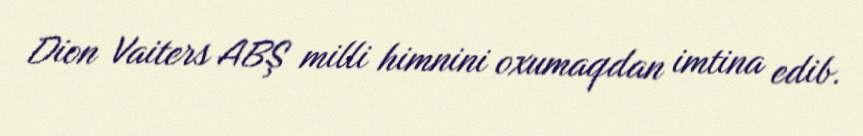
Dion Vaiters ABŞ milli himnini oxumaqdan imtina edib.